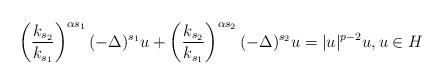
\begin{align*} \left(\frac{k_{s_2}}{k_{s_1}}\right)^{\alpha s_1}(-\Delta)^{s_1} u +\left(\frac{k_{s_2}}{k_{s_1}}\right)^{\alpha s_2}(-\Delta)^{s_2} u =|u|^{p-2} u, u \in H\end{align*}